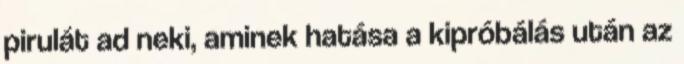
pirulát ad neki, aminek hatása a kipróbálás után az